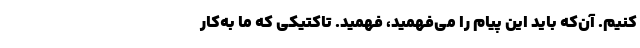
کنیم. آن‌که باید این پیام را می‌فهمید، فهمید. تاکتیکی که ما به‌کار